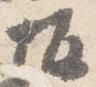
坂